Source: Handwritten
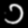
Digit: ၁ (1)